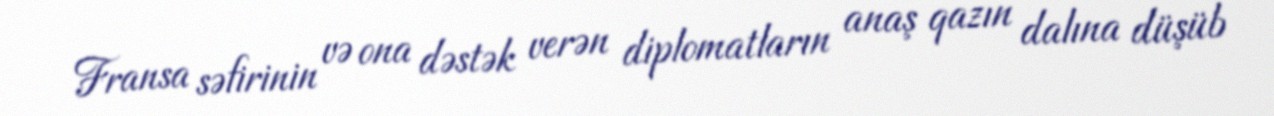
Fransa səfirinin və ona dəstək verən diplomatların anaş qazın dalına düşüb